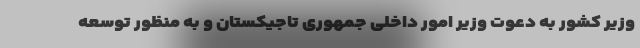
وزیر کشور به دعوت وزیر امور داخلی جمهوری تاجیکستان و به منظور توسعه